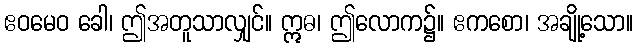
ဧဝမေဝ ခေါ၊ ဤအတူသာလျှင်။ ဣဓ၊ ဤလောက၌။ ဧကစော၊ အချို့သော။